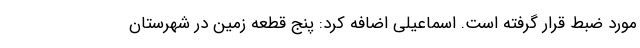
مورد ضبط قرار گرفته است. اسماعیلی اضافه کرد: پنج قطعه زمین در شهرستان